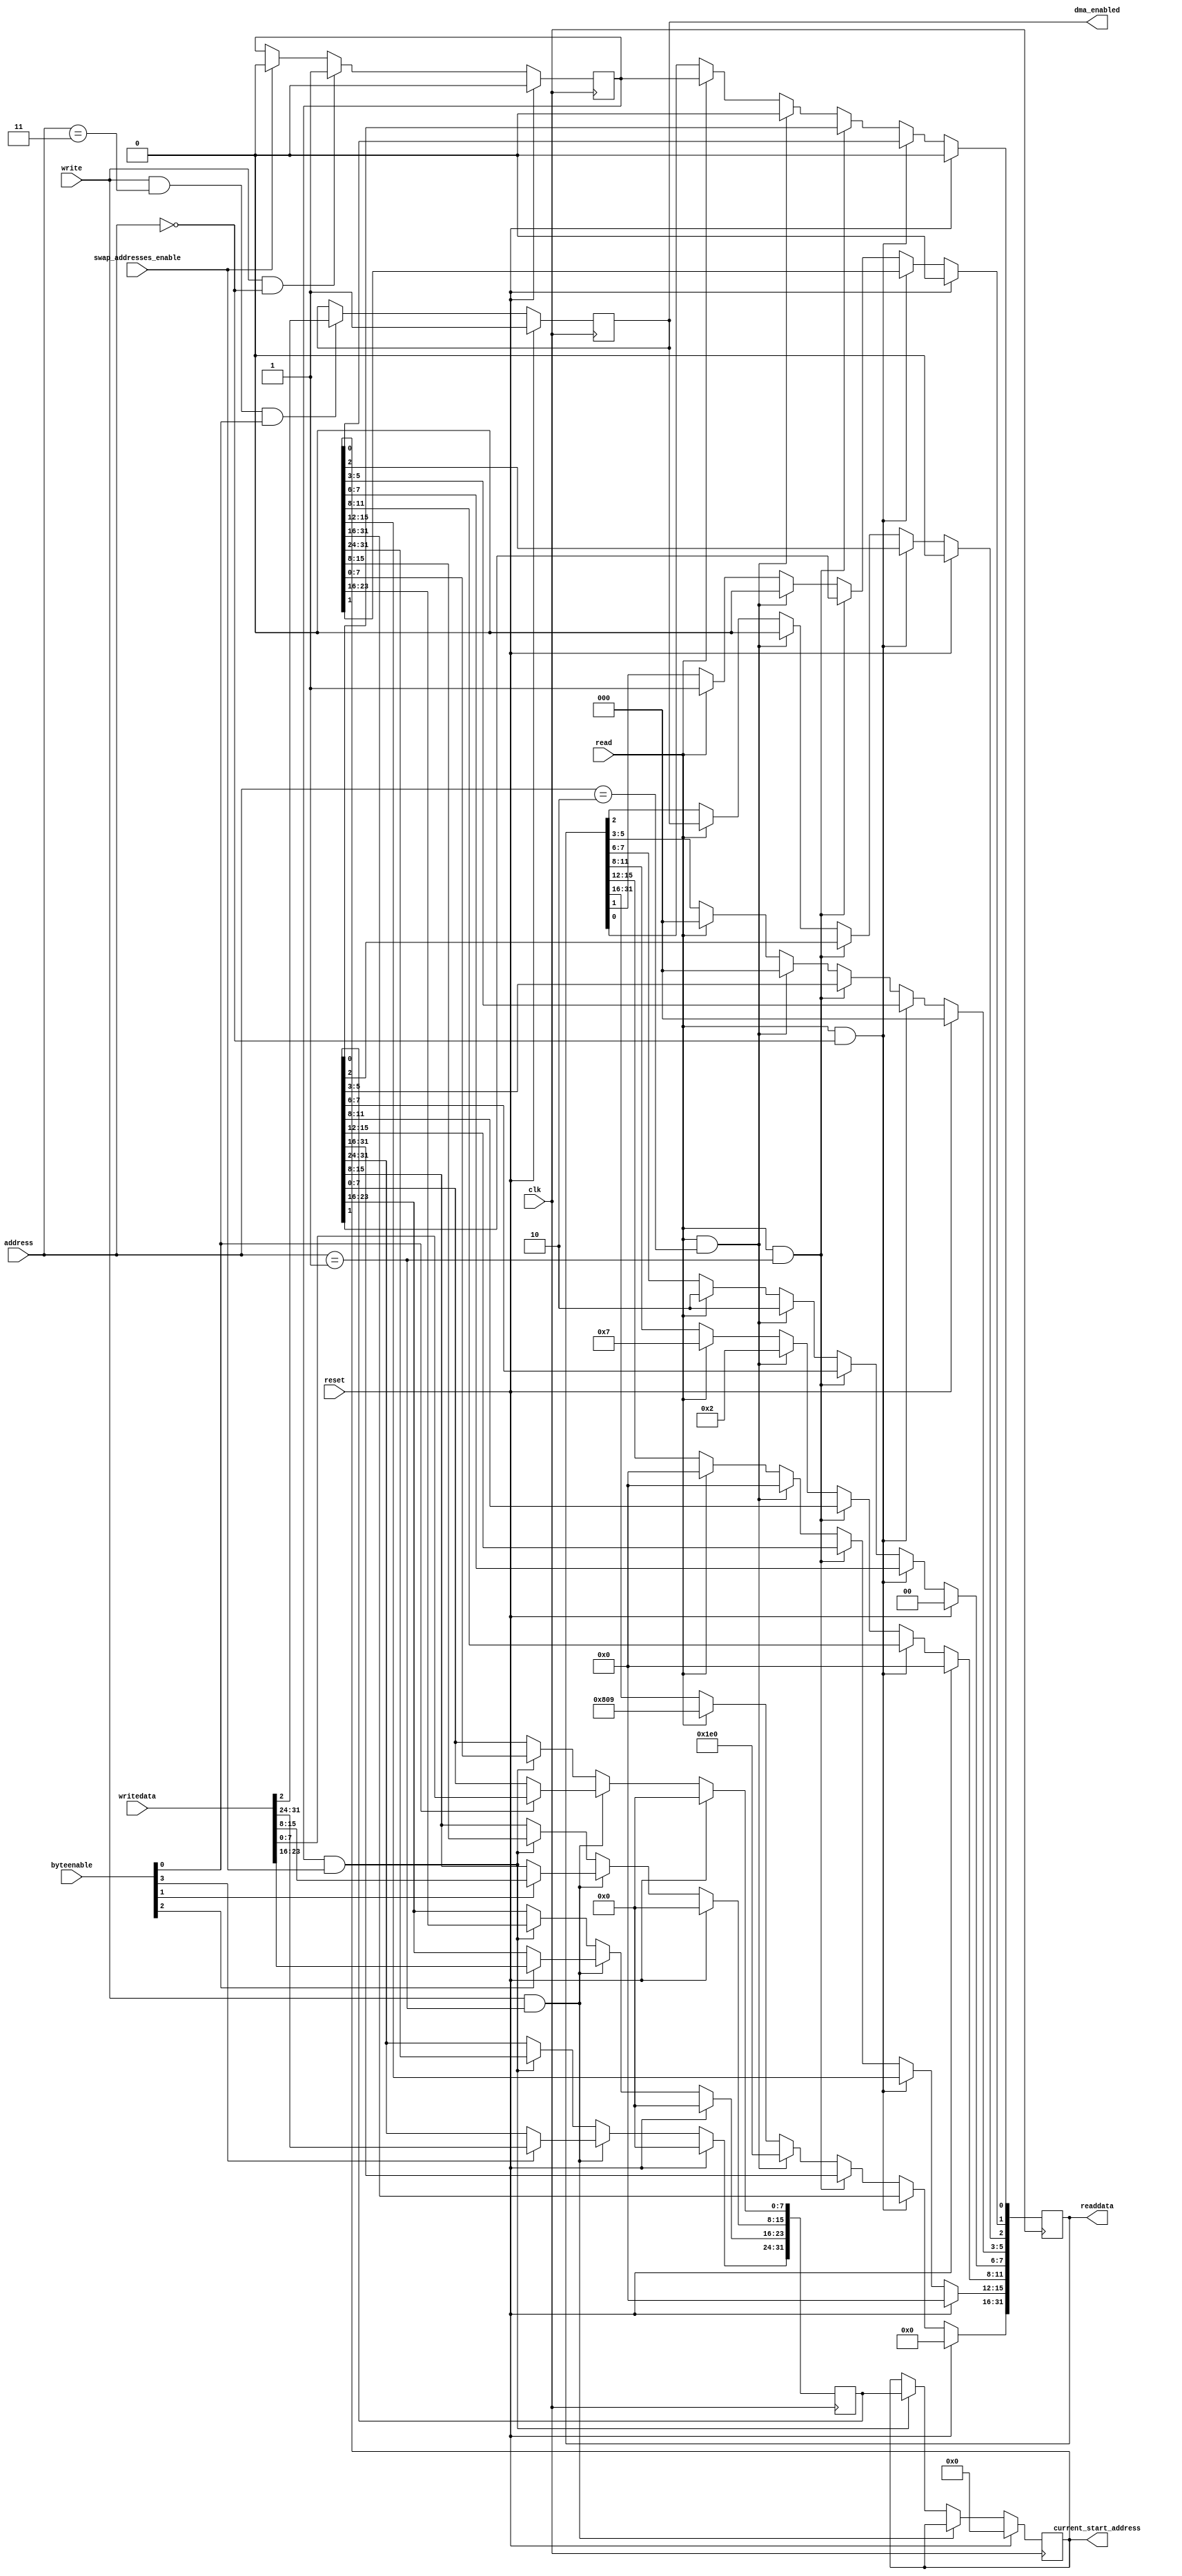
/******************************************************************************
 * License Agreement                                                          *
 *                                                                            *
 * Copyright (c) 1991-2013 Altera Corporation, San Jose, California, USA.     *
 * All rights reserved.                                                       *
 *                                                                            *
 * Any megafunction design, and related net list (encrypted or decrypted),    *
 *  support information, device programming or simulation file, and any other *
 *  associated documentation or information provided by Altera or a partner   *
 *  under Altera's Megafunction Partnership Program may be used only to       *
 *  program PLD devices (but not masked PLD devices) from Altera.  Any other  *
 *  use of such megafunction design, net list, support information, device    *
 *  programming or simulation file, or any other related documentation or     *
 *  information is prohibited for any other purpose, including, but not       *
 *  limited to modification, reverse engineering, de-compiling, or use with   *
 *  any other silicon devices, unless such use is explicitly licensed under   *
 *  a separate agreement with Altera or a megafunction partner.  Title to     *
 *  the intellectual property, including patents, copyrights, trademarks,     *
 *  trade secrets, or maskworks, embodied in any such megafunction design,    *
 *  net list, support information, device programming or simulation file, or  *
 *  any other related documentation or information provided by Altera or a    *
 *  megafunction partner, remains with Altera, the megafunction partner, or   *
 *  their respective licensors.  No other licenses, including any licenses    *
 *  needed under any third party's intellectual property, are provided herein.*
 *  Copying or modifying any file, or portion thereof, to which this notice   *
 *  is attached violates this copyright.                                      *
 *                                                                            *
 * THIS FILE IS PROVIDED "AS IS", WITHOUT WARRANTY OF ANY KIND, EXPRESS OR    *
 * IMPLIED, INCLUDING BUT NOT LIMITED TO THE WARRANTIES OF MERCHANTABILITY,   *
 * FITNESS FOR A PARTICULAR PURPOSE AND NONINFRINGEMENT. IN NO EVENT SHALL    *
 * THE AUTHORS OR COPYRIGHT HOLDERS BE LIABLE FOR ANY CLAIM, DAMAGES OR OTHER *
 * LIABILITY, WHETHER IN AN ACTION OF CONTRACT, TORT OR OTHERWISE, ARISING    *
 * FROM, OUT OF OR IN CONNECTION WITH THIS FILE OR THE USE OR OTHER DEALINGS  *
 * IN THIS FILE.                                                              *
 *                                                                            *
 * This agreement shall be governed in all respects by the laws of the State  *
 *  of California and by the laws of the United States of America.            *
 *                                                                            *
 ******************************************************************************/

module altera_up_video_dma_control_slave (
	// Inputs
	clk,
	reset,

	address,
	byteenable,
	read,
	write,
	writedata,

	swap_addresses_enable,

	// Bi-Directional

	// Outputs
	readdata,

	current_start_address,
	dma_enabled
);


/*****************************************************************************
 *                           Parameter Declarations                          *
 *****************************************************************************/

// Parameters
parameter DEFAULT_BUFFER_ADDRESS		= 32'h00000000;
parameter DEFAULT_BACK_BUF_ADDRESS	= 32'h00000000;

parameter WIDTH							= 640; // Frame's width in pixels
parameter HEIGHT							= 480; // Frame's height in lines

parameter ADDRESSING_BITS				= 16'h0809;
parameter COLOR_BITS						= 4'h7; // Bits per color plane minus 1 
parameter COLOR_PLANES					= 2'h2; // Color planes per pixel minus 1
parameter ADDRESSING_MODE				= 1'b1; // 0: X-Y or 1: Consecutive

parameter DEFAULT_DMA_ENABLED			= 1'b1; // 0: OFF or 1: ON

/*****************************************************************************
 *                             Port Declarations                             *
 *****************************************************************************/
// Inputs
input						clk;
input						reset;

input			[ 1: 0]	address;
input			[ 3: 0]	byteenable;
input						read;
input						write;
input			[31: 0]	writedata;

input						swap_addresses_enable;

// Bi-Directional

// Outputs
output reg	[31: 0]	readdata;

output		[31: 0]	current_start_address;
output reg				dma_enabled;


/*****************************************************************************
 *                           Constant Declarations                           *
 *****************************************************************************/


/*****************************************************************************
 *                 Internal Wires and Registers Declarations                 *
 *****************************************************************************/
// Internal Wires

// Internal Registers
reg			[31: 0]	buffer_start_address;
reg			[31: 0]	back_buf_start_address;

reg						buffer_swap;

// State Machine Registers

/*****************************************************************************
 *                         Finite State Machine(s)                           *
 *****************************************************************************/


/*****************************************************************************
 *                             Sequential Logic                              *
 *****************************************************************************/

// Output Registers
always @(posedge clk)
begin
	if (reset)
		readdata <= 32'h00000000;
   
	else if (read & (address == 2'h0))
		readdata <= buffer_start_address;
   
	else if (read & (address == 2'h1))
		readdata <= back_buf_start_address;
   
	else if (read & (address == 2'h2))
	begin
		readdata[31:16] <= HEIGHT;
		readdata[15: 0] <= WIDTH;
	end
   
	else if (read)
	begin
		readdata[31:16] <= ADDRESSING_BITS;
		readdata[15:12] <= 4'h0;
		readdata[11: 8] <= COLOR_BITS;
		readdata[ 7: 6] <= COLOR_PLANES;
		readdata[ 5: 3] <= 3'h0;
		readdata[    2] <= dma_enabled;
		readdata[    1] <= ADDRESSING_MODE;
		readdata[    0] <= buffer_swap;
	end
end

// Internal Registers
always @(posedge clk)
begin
	if (reset)
	begin
		buffer_start_address	<= DEFAULT_BUFFER_ADDRESS;
		back_buf_start_address	<= DEFAULT_BACK_BUF_ADDRESS;
	end
	else if (write & (address == 2'h1))
	begin
		if (byteenable[0])
			back_buf_start_address[ 7: 0] <= writedata[ 7: 0];
		if (byteenable[1])
			back_buf_start_address[15: 8] <= writedata[15: 8];
		if (byteenable[2])
			back_buf_start_address[23:16] <= writedata[23:16];
		if (byteenable[3])
			back_buf_start_address[31:24] <= writedata[31:24];
	end
	else if (buffer_swap & swap_addresses_enable)
	begin
		buffer_start_address <= back_buf_start_address;
		back_buf_start_address <= buffer_start_address;
	end
end

always @(posedge clk)
begin
	if (reset)
		buffer_swap <= 1'b0;
	else if (write & (address == 2'h0))
		buffer_swap <= 1'b1;
	else if (swap_addresses_enable)
		buffer_swap <= 1'b0;
end

always @(posedge clk)
begin
	if (reset)
		dma_enabled <= DEFAULT_DMA_ENABLED;
	else if (write & (address == 2'h3) & byteenable[0])
		dma_enabled <= writedata[2];
end

/*****************************************************************************
 *                            Combinational Logic                            *
 *****************************************************************************/

// Output Assignments
assign current_start_address	= buffer_start_address;

// Internal Assignments

/*****************************************************************************
 *                              Internal Modules                             *
 *****************************************************************************/


endmodule